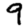
Digit: 9